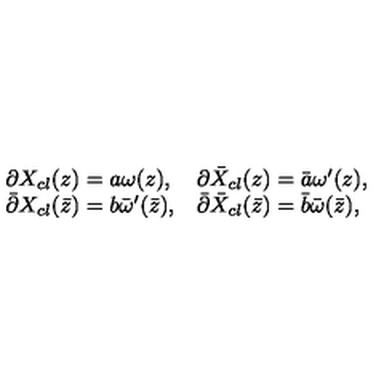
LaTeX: \begin{array} { l l } { \partial X _ { c l } ( z ) = a \omega ( z ) , } & { \partial \bar { X } _ { c l } ( z ) = \bar { a } \omega ^ { \prime } ( z ) , } \\ { \bar { \partial } X _ { c l } ( \bar { z } ) = b \bar { \omega } ^ { \prime } ( \bar { z } ) , } & { \bar { \partial } \bar { X } _ { c l } ( \bar { z } ) = \bar { b } \bar { \omega } ( \bar { z } ) , } \\ \end{array}